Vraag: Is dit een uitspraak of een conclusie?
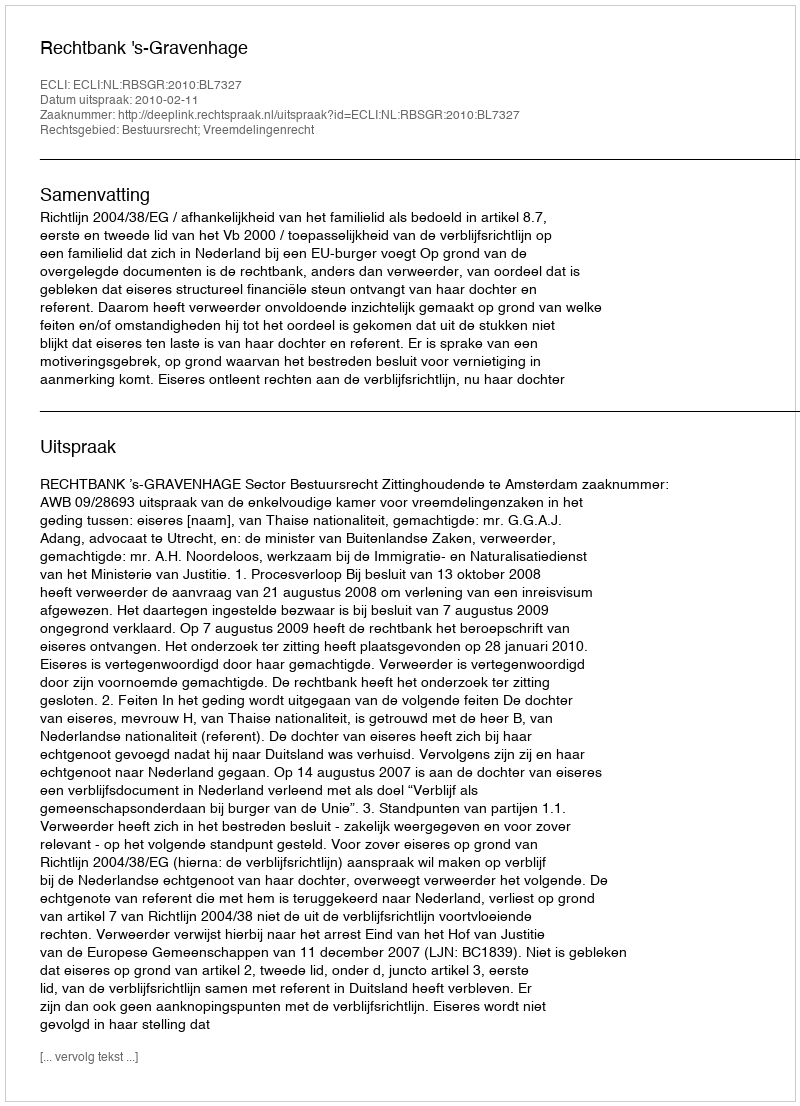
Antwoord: Uitspraak